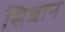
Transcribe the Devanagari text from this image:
सिशान